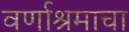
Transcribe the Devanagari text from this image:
वर्णाश्रमाचा